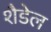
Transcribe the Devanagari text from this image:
शैडेल